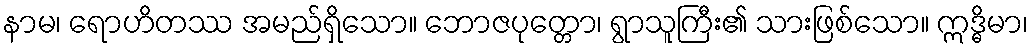
နာမ၊ ရောဟိတဿ အမည်ရှိသော။ ဘောဇပုတ္တော၊ ရွာသူကြီး၏ သားဖြစ်သော။ ဣဒ္ဓိမာ၊